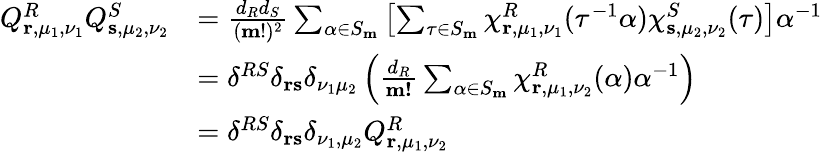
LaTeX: \begin{array}{rl}{Q_{\mathbf{r},\mu_{1},\nu_{1}}^{R}Q_{\mathbf{s},\mu_{2},\nu_{2}}^{S}}&{=\frac{d_{R}d_{S}}{(\mathbf{m}!)^{2}}\sum_{\alpha\in S_{\mathbf{m}}}\left[\sum_{\tau\in S_{\mathbf{m}}}\chi_{\mathbf{r},\mu_{1},\nu_{1}}^{R}(\tau^{-1}\alpha)\chi_{\mathbf{s},\mu_{2},\nu_{2}}^{S}(\tau)\right]\alpha^{-1}}\\ &{=\delta^{RS}\delta_{\mathbf{r}\mathbf{s}}\delta_{\nu_{1}\mu_{2}}\left(\frac{d_{R}}{\mathbf{m!}}\sum_{\alpha\in S_{\mathbf{m}}}\chi_{\mathbf{r},\mu_{1},\nu_{2}}^{R}(\alpha)\alpha^{-1}\right)}\\ &{=\delta^{RS}\delta_{\mathbf{r}\mathbf{s}}\delta_{\nu_{1},\mu_{2}}Q_{\mathbf{r},\mu_{1},\nu_{2}}^{R}}\end{array}